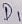
Text: D1